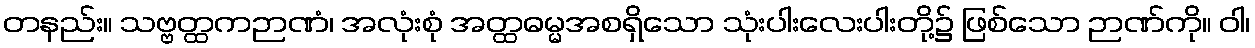
တနည်း။ သဗ္ဗတ္ထကဉာဏံ၊ အလုံးစုံ အတ္ထဓမ္မအစရှိသော သုံးပါးလေးပါးတို့၌ ဖြစ်သော ဉာဏ်ကို။ ဝါ၊